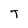
Character: T